画像に写った文字を読んでください
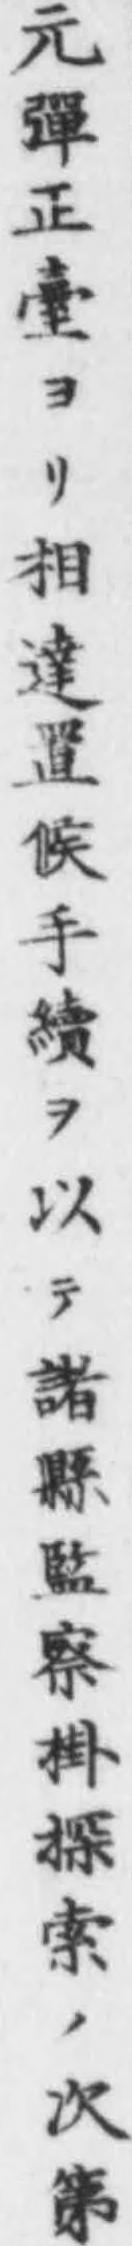
「元彈正臺ヨリ相達置候手續ヲ以テ諸縣監察掛探索ノ次第」と書いてあります